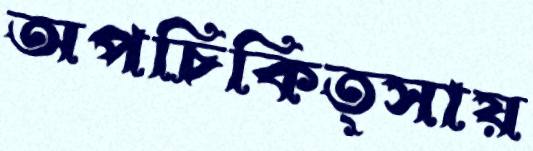
অপচিকিত্সায়